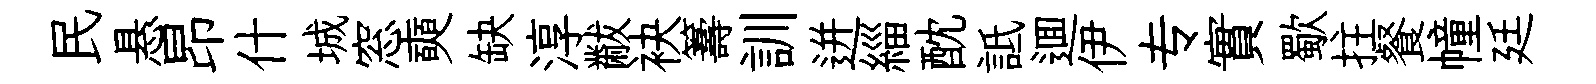
民悬昂什城窓奭缺淳黻袂籌訓迸緇酖詆逥伊专實歜拄餐幢廷